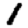
Digit: 1